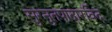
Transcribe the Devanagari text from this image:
सुरनुतपादारविंद